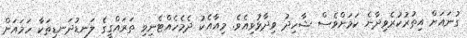
ގުނައަށް އިތުރުކުރެވިދާނެ ކަމަށްވެސް ޝާހިދު ވިދާޅުވިއެވެ. މިއާއެކު ދެމެހެއްޓެނިވި ތަރައްގީގެ ލަނޑުދަނޑިތަކާ ހަމައަށް